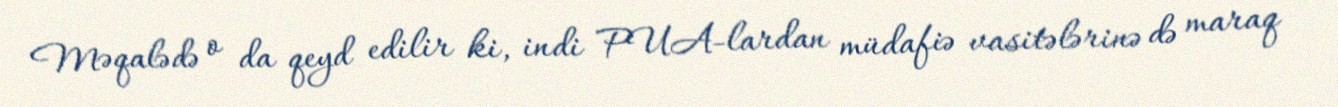
Məqalədə o da qeyd edilir ki, indi PUA-lardan müdafiə vasitələrinə də maraq